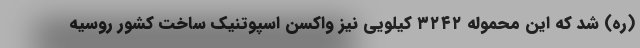
(ره) شد که این محموله ۳۲۴۲ کیلویی نیز واکسن اسپوتنیک ساخت کشور روسیه